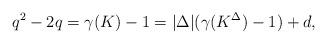
LaTeX: \begin{align*}q^2-2q=\gamma(K) -1= |\Delta|(\gamma(K^\Delta) -1) + d, \end{align*}